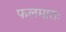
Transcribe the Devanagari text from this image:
फलमातः